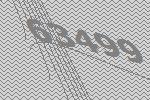
63499